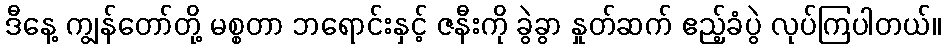
ဒီနေ့ ကျွန်တော်တို့ မစ္စတာ ဘရောင်းနှင့် ဇနီးကို ခွဲခွာ နှုတ်ဆက် ဧည့်ခံပွဲ လုပ်ကြပါတယ်။